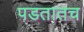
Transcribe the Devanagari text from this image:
पडतातच